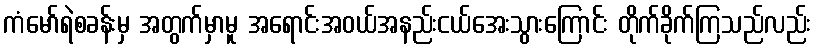
ကံမော်ရဲစခန်းမှ အတွက်မှာမူ အရောင်းအဝယ်အနည်းငယ်အေးသွားကြောင်း တိုက်ခိုက်ကြသည်လည်း